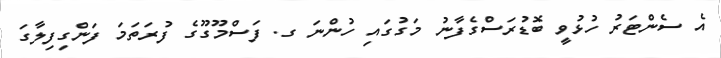
އެ ސެންޓަރު ހުޅުވީ ބޮޑުރަސްގެފާނު މަގުގައި ހުންނަ ގ. ފަސްމޫގޫގެ ފުރަތަމަ ފަންގިފިލާގަ